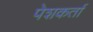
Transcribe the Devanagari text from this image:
पेशकर्ता